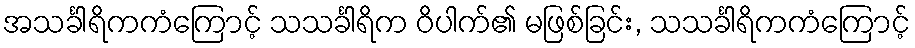
အသင်္ခါရိကကံကြောင့် သသင်္ခါရိက ဝိပါက်၏ မဖြစ်ခြင်း, သသင်္ခါရိကကံကြောင့်